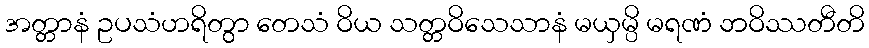
အတ္တာနံ ဥပသံဟရိတွာ တေသံ ဝိယ သတ္တဝိသေသာနံ မယှမ္ပိ မရဏံ ဘဝိဿတီတိ